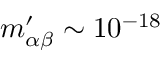
m _ { \alpha \beta } ^ { \prime } \sim 1 0 ^ { - 1 8 }